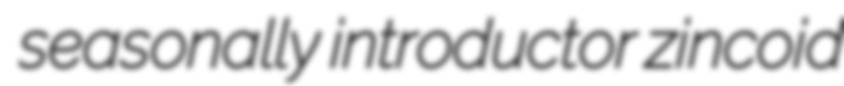
seasonally introductor zincoid